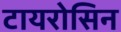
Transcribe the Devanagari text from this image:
टायरोसिन